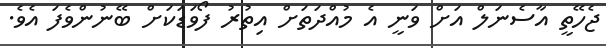
ޖެހޭތީ އާސެނަލް އަށް ވަނީ އެ މުއްދަތަށް އިތުރު ފޯވަޑަކަށް ބޭނުންވެފަ އެވެ.